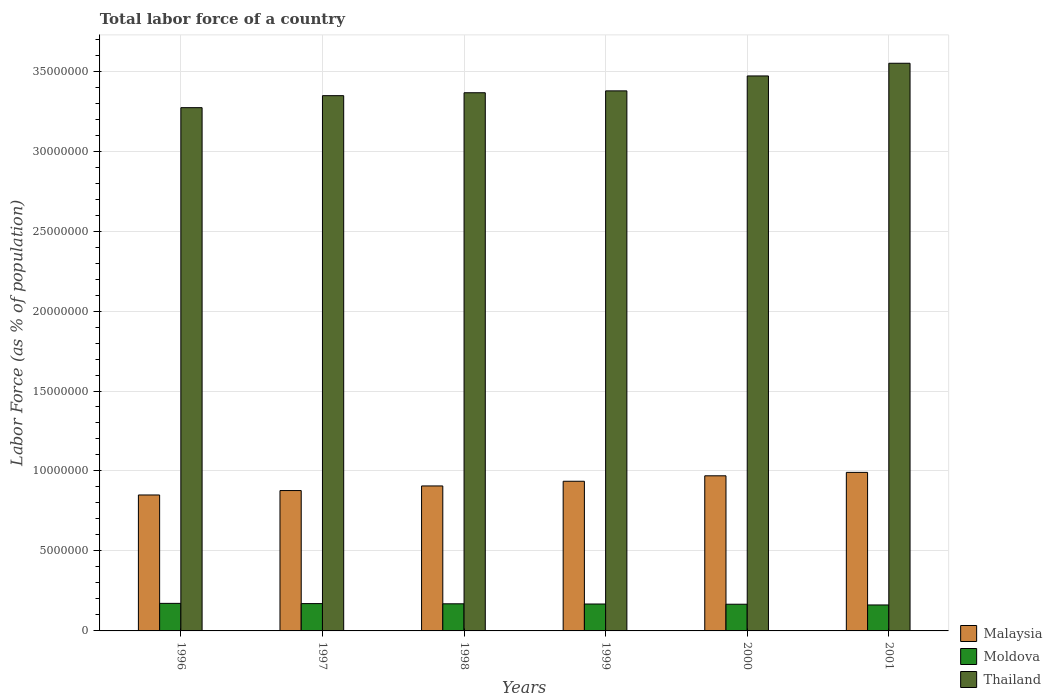
| Years | Malaysia | Moldova | Thailand |
 | --- | --- | --- | --- |
 | 1996 | 8.5e+06 | 1.72e+06 | 3.27e+07 |
 | 1997 | 8.78e+06 | 1.71e+06 | 3.35e+07 |
 | 1998 | 9.06e+06 | 1.7e+06 | 3.36e+07 |
 | 1999 | 9.36e+06 | 1.68e+06 | 3.38e+07 |
 | 2000 | 9.7e+06 | 1.67e+06 | 3.47e+07 |
 | 2001 | 9.91e+06 | 1.62e+06 | 3.55e+07 |